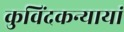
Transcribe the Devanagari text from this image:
कुविंदकन्यायां